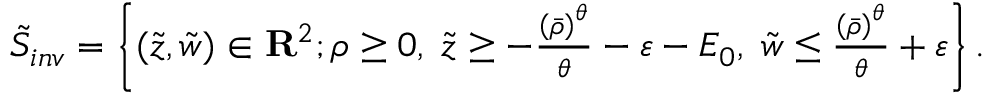
\begin{array} { r } { \tilde { S } _ { i n v } = \left\{ ( \tilde { z } , \tilde { w } ) \in { \bf R } ^ { 2 } ; { \rho } \geq 0 , \; \tilde { z } \geq - \frac { \left( \bar { \rho } \right) ^ { \theta } } { \theta } - \varepsilon - E _ { 0 } , \; \tilde { w } \leq \frac { \left( \bar { \rho } \right) ^ { \theta } } { \theta } + \varepsilon \right\} . } \end{array}